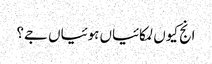
انج کیوں لمکائیاں ہوئیاں جے؟